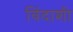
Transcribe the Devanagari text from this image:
विंदाशी